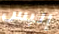
إلبس